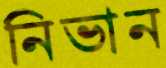
নিভান